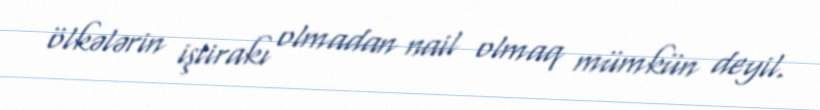
ölkələrin iştirakı olmadan nail olmaq mümkün deyil.